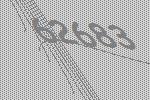
62683